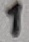
Text: 1